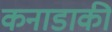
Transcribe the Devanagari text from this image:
कनाडाकी